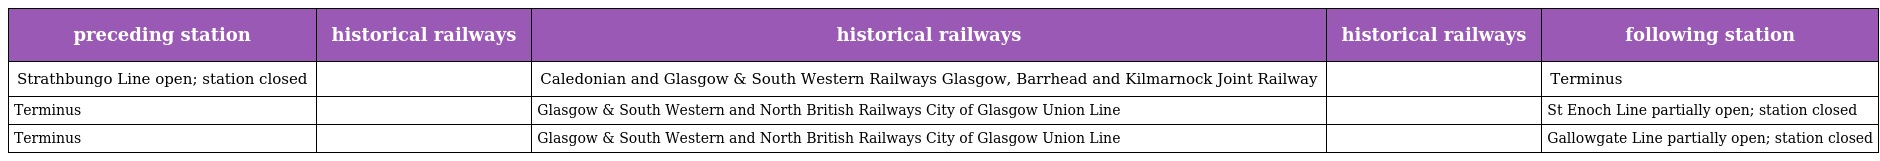
| preceding station | historical railways | historical railways | historical railways | following station |
 | --- | --- | --- | --- | --- |
 | Strathbungo Line open; station closed |  | Caledonian and Glasgow & South Western Railways Glasgow, Barrhead and Kilmarnock Joint Railway |  | Terminus |
 | Terminus |  | Glasgow & South Western and North British Railways City of Glasgow Union Line |  | St Enoch Line partially open; station closed |
 | Terminus |  | Glasgow & South Western and North British Railways City of Glasgow Union Line |  | Gallowgate Line partially open; station closed |